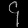
Digit: ၄